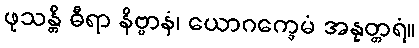
ဖုသန္တိ ဓီရာ နိဗ္ဗာနံ၊ ယောဂက္ခေမံ အနုတ္တရံ။